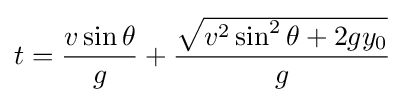
t={\frac {v\sin \theta }{g}}+{\frac {\sqrt {v^{2}\sin ^{2}\theta +2gy_{0}}}{g}}